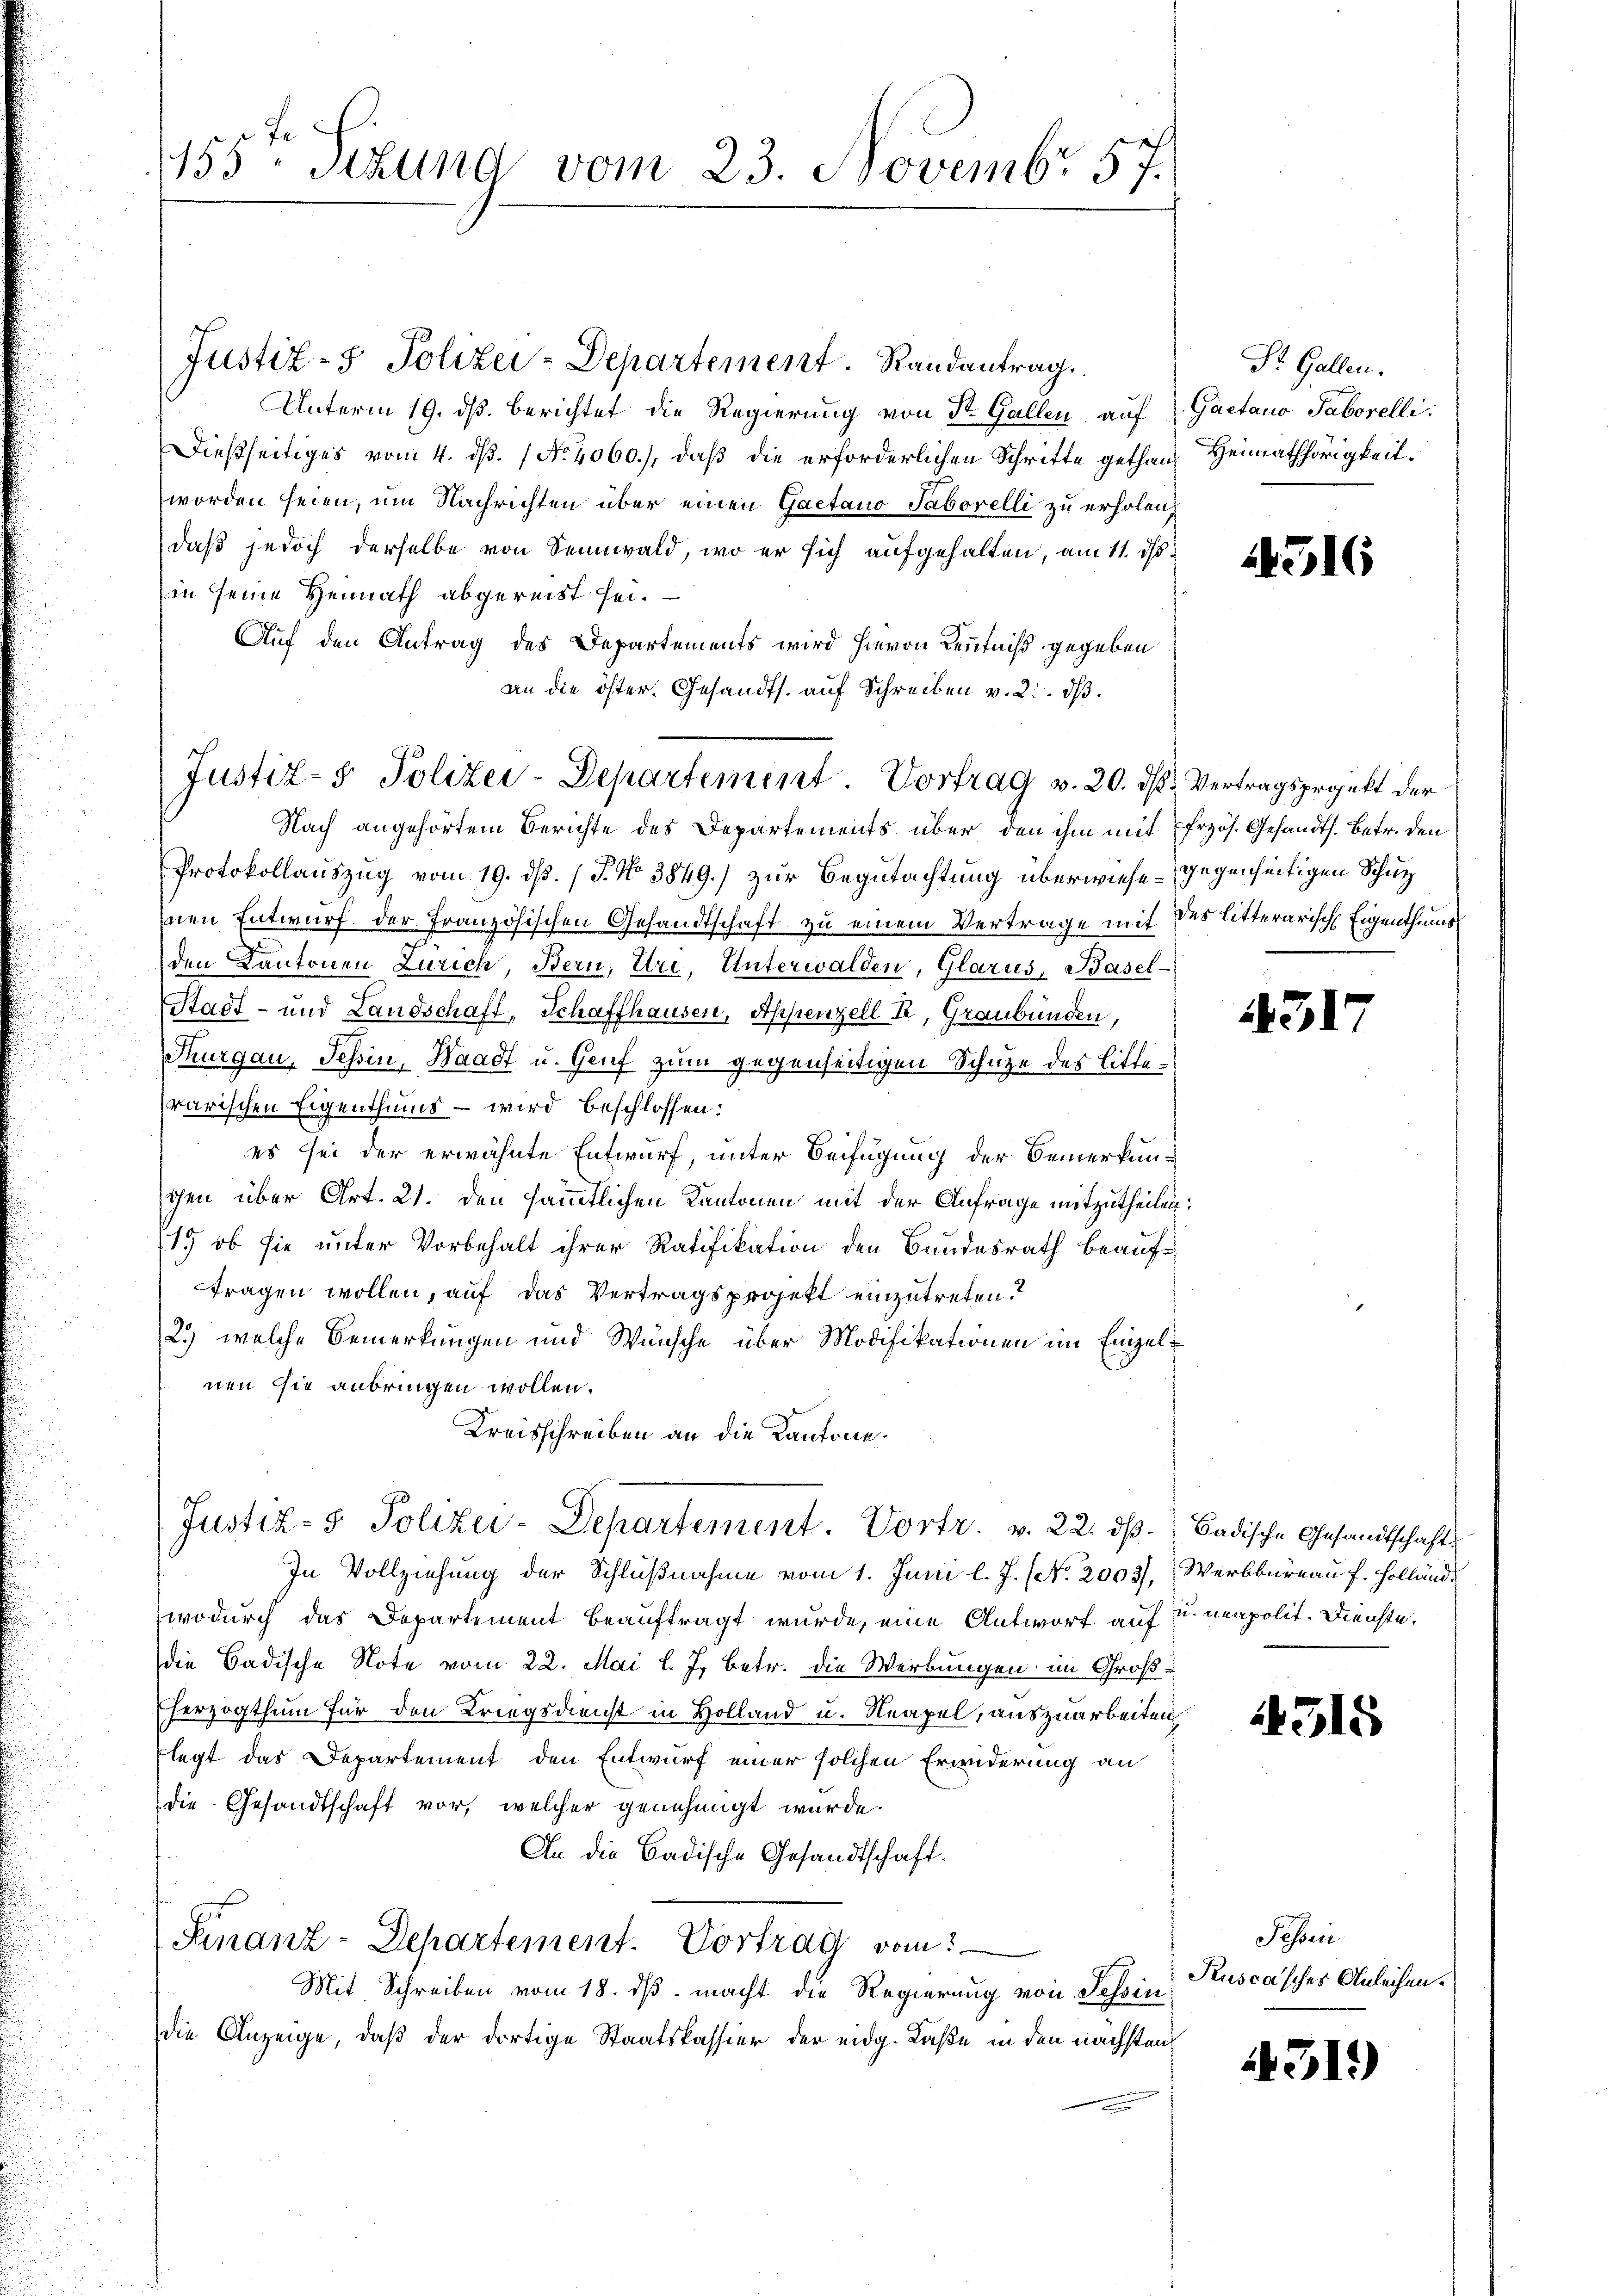
.

Justiz- & Polizei-Departement. Randantrag
Unterm 19. ds. berichtet die Regierung von St. Gallen, auf Gaetano Saborelli
Dießseitiges vom 4. ds. No. 4060.), daß die erforderlichen Schritte gethanworden seien, um Nachrichten über einen Gaetano Saborelli zu erholen,
daß jedoch derselbe von Sennwald, wo er sich aufgehalten, am 11. ds.
in seine Heimath abgereist sei.
Auf den Antrag des Departements wird hievon Kenntniß gegeben
an die öster. Gesandts. auf Schreiben v. 2. dβ.

155ten Sekund vom 23. Novembr. 57.

Justiz- & Polizei-Departement. Vortrag v. 20. ds. Vertragsprojekt der

Nach angehörtem Berichte des Departements über den ihm mit frzös. Gesandts. Betr. den
Protokollauszug vom 19. dß. / P. No 3849.) zur Begutachtung überwiese - gegenseitigen Schutz
nen Entwurf. Der französischen Gesandtschaft zu einem Vertrage mit des litterarische Eigenthums
den Kantonen Zürich, Bern, Uri, Unterwalden, Glarus, Basel-
Stadt- und Landschaft, Schaffhausen, Appenzell R, Graubünden,
Thurgau, Tessin, Waadt u. Genf zum gegenseitigen Schutze des litterarischen Eigenthums – wird beschlossen:
es sei der erwähnte Entwurf, unter Beifügung der Bemerkungen über Art. 21. den sämmtlichen Kantonen mit der Anfrage mitzutheilen:
1. ob sie unter Vorbehalt ihrer Ratifikation den Bundesrath beauftragen wollen, auf das Vertragsprojekt einzutreten.
2.) welche Bemerkungen und Wünsche über Modifikationen im Einzelnen sie anbringen wollen.
Kreisschreiben an die Kantone.
Justiz- & Polizei-Departement. Vortr. v. 22. dβ. Badische Gesandtschafts
In Vollziehung der Schlußnahme vom 1. Juni l. J. (No. 2003), Werkbureau f. Holländwodurch das Departement beauftragt wurde, eine Antwort auf u. neapolit. Dienste.
die Badische Note vom 22. Mai l. J. betr. die Werbungen im Groß¬
Eherzogthum für den Kriegsdienst in Holland u. Neapel, auszuarbeiten
legt das Departement den Entwurf einer solchen Erwiderung an
die Gesandtschaft vor, welcher genehmigt wurde.
An die Badische Gesandtschaft.
Finanz-Departement. Vortrag vom
Mit Schreiben vom 18. ds. macht die Regierung von Tessin,
die Anzeige, daß der dortige Staatskassier der eidg. Caße in den nachstand

Dr. Gallen.
Heimathörigkeit.

1316

317

1315

Tessin
Ruscasches Anleihen.

431)